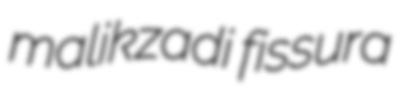
malikzadi fissura